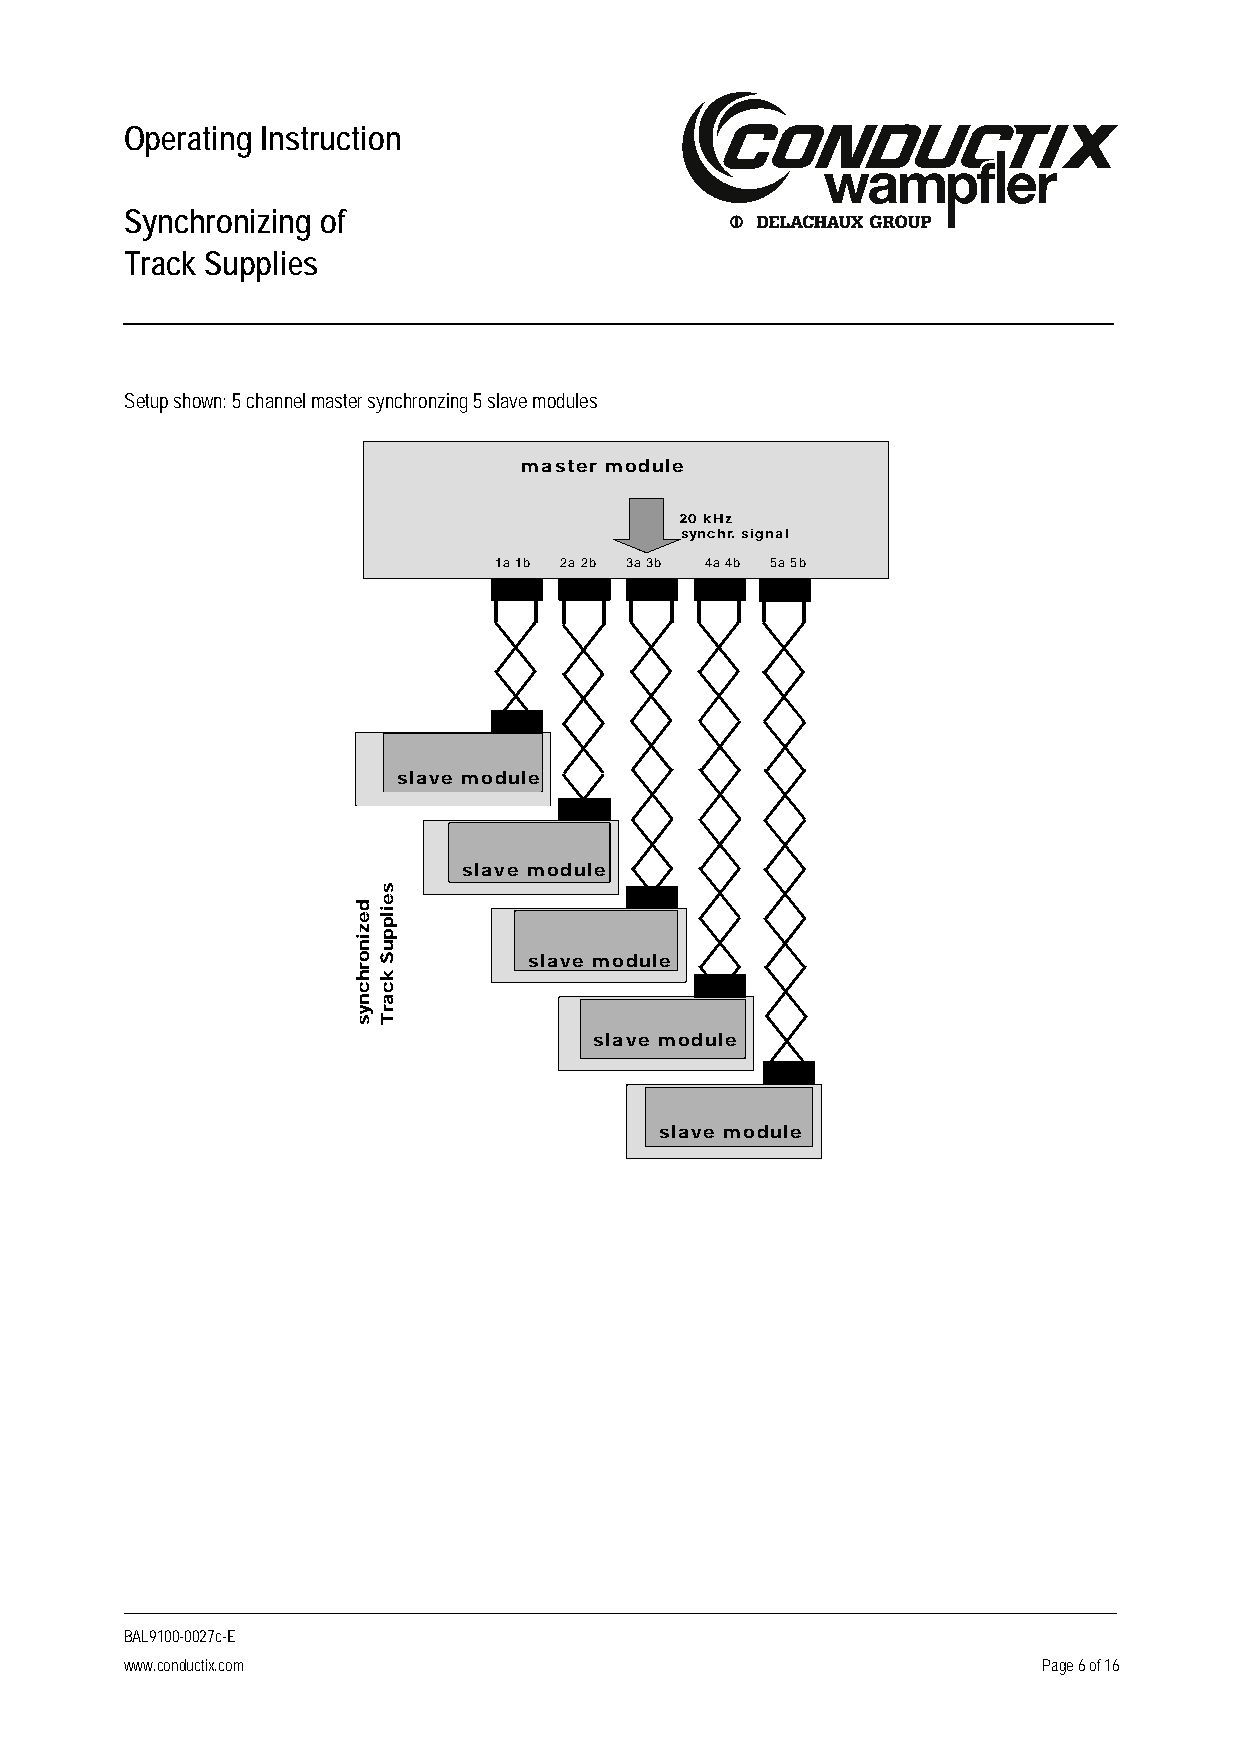
Operating Instruction
 Synchronizing of
 Track Supplies
 Setup shown: 5 channel master synchronzing 5 slave modules
 master module
 20 kHz
 synchr. signal
 1a 1b 2a 2b 3a 3b 4a 4b 5a 5b
 slave module
 slave module
 slave module
 slave module
 slave module
 BAL9100-0027c-E
 www.conductix.com                                            Page 6 of 16
 dezinorhcnys
 seilppuS
 kcarT